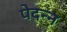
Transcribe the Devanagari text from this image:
पेदन्न